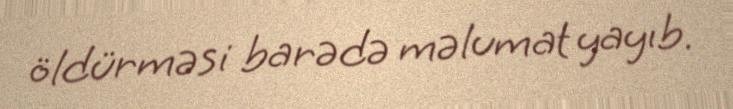
öldürməsi barədə məlumat yayıb.